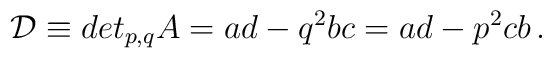
\mathcal{D} \equiv det_{p,q} A = ad - q^2 bc = ad - p^2 cb \, .